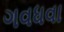
ગવધવા